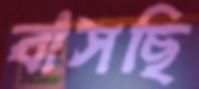
বাসছি